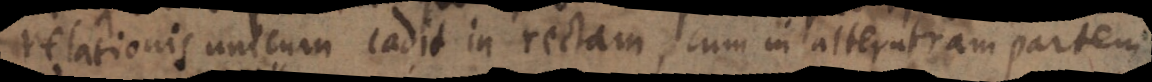
relationis unicum cadit ia rectam, cum in alteratiam partem